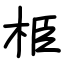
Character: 栕